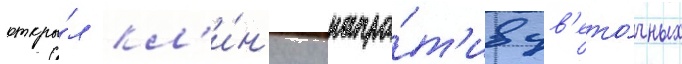
откры́л кл'и́н'ику напро́т'ив цв'ето́чных